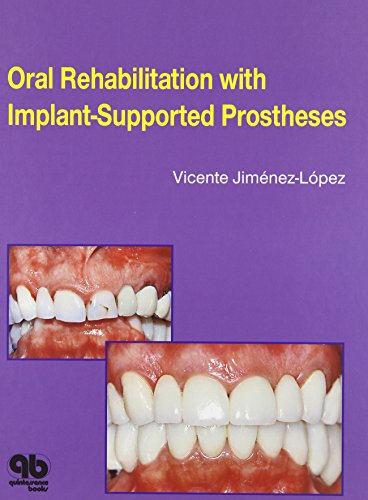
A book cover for Oral Rehabilitation with Implant-Supported Prostheses:; Vicente Jimenez-Lopez; Medical Books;